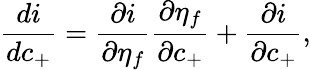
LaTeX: \frac{di}{dc_{+}}=\frac{\partial i}{\partial\eta_{f}}\frac{\partial\eta_{f}}{\partial c_{+}}+\frac{\partial i}{\partial c_{+}},